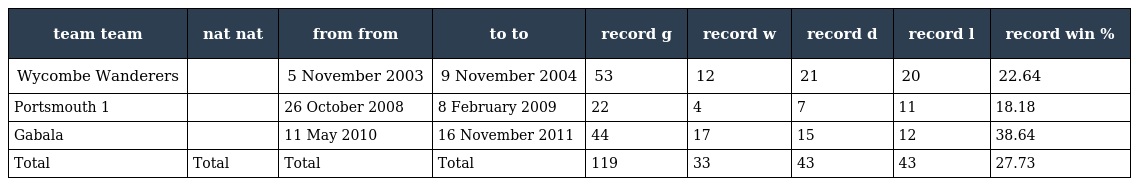
| team team | nat nat | from from | to to | record g | record w | record d | record l | record win % |
 | --- | --- | --- | --- | --- | --- | --- | --- | --- |
 | Wycombe Wanderers |  | 5 November 2003 | 9 November 2004 | 53 | 12 | 21 | 20 | 22.64 |
 | Portsmouth 1 |  | 26 October 2008 | 8 February 2009 | 22 | 4 | 7 | 11 | 18.18 |
 | Gabala |  | 11 May 2010 | 16 November 2011 | 44 | 17 | 15 | 12 | 38.64 |
 | Total | Total | Total | Total | 119 | 33 | 43 | 43 | 27.73 |